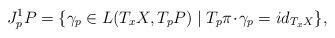
LaTeX: \begin{align*}J^1_pP=\{\gamma_p\in L(T_xX,T_pP)\mid T_p\pi\!\cdot\!\gamma_p=id_{T_xX}\},\end{align*}